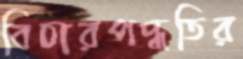
বিচারপদ্ধতির